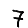
Digit: 7